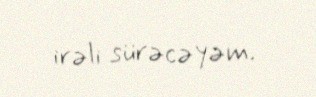
irəli sürəcəyəm.